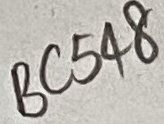
Text: BC548